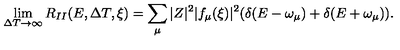
\lim _ { \Delta T \rightarrow \infty } R _ { I I } ( E , \Delta T , \xi ) = \sum _ { \mu } | Z | ^ { 2 } | f _ { \mu } ( \xi ) | ^ { 2 } ( \delta ( E - \omega _ { \mu } ) + \delta ( E + \omega _ { \mu } ) ) .